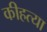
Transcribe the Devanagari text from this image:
कीहत्या